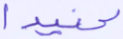
عنيدا